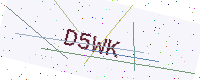
Text: D5WK